Medical and sanitary report on the native army of Bombay for the year
Year: 1879
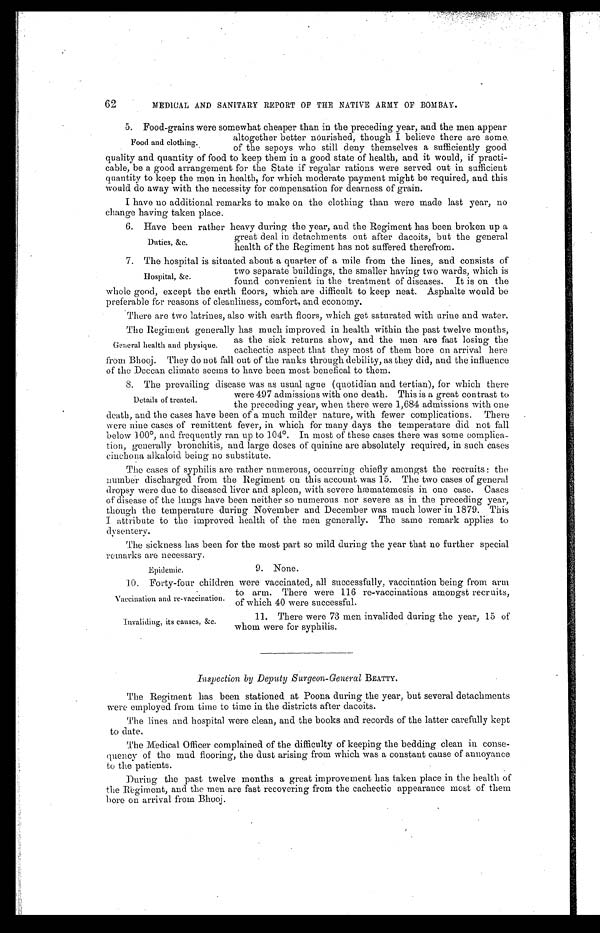
62
MEDICAL AND SANITARY REPORT OF THE NATIVE ARMY OF BOMBAY.
5.
62 MEDICAL AND SANITARY REPORT OF THE NATIVE ARMY OF BOMBAY.
6. Food-grains were somewhat cheaper than in the preceding year, and the men.appear
altogether better nourished, though I believe there are some
Food and clothing. of the sepoys who still deny themselves a sufficiently good
quality and quantity of food to keep them in a good state of health, and it would, if practi
- c a b l e , b e a g o o d a r r a n g e m e n t f o r t h e S t a t e i f r e g u l a r r a t i o n s w e r e s e r v e d o u t i n s u f f i c i e n t
quantity to keep the men in health, for which moderate payment might be required, and this
would do away with the necessity for compensation for dearness of grain.
I have no additional remarks to make .on the clothing than were made last year, no
change having taken place.
7. Have been rather heavy during the year, and the Regiment has been broken up a
Duties, &c.great deal in detachments out after dacoits, but the general
health of the Regiment has not suffered therefrom.
8. The hospital is situated about a quarter of a mile from the lines, and consists of
two separate buildings, the smaller having two wards, which is
Hospital, &c.
found convenient in the treatment of diseases. It is on the
whole good, except the earth floors, which are difficult to keep neat. Asphalte would be
preferable for reasons of cleanliness, comfort, and economy.
There are two latrines, also with earth floors, which get saturated with urine and water.
The Regiment generally has much improved in health within the past twelve months,
as the sick returns show, and the men are fast losing the
General health and physique.
cachectic aspect that they most of them bore on arrival here
from Bhooj. They do not fall out of the ranks through debility, as they did, and the influence
of the Deccan climate seems to have been most benefical to them.
9. The prevailing disease was as usual ague (quotidian and tertian), for which there
were 497 admissions with one death. This is a great contrast to
Details of treated.
the preceding year, when there were 1,684 admissions with one
death, and the cases have been of a much milder nature, with fewer complications. There
were nine cases of remittent fever, in which for many days the temperature did not fall
below 100°, and frequently ran up to 104°. In most of these cases there was some complica
- tion, generally bronchitis, and large doses of quinine are absolutely required, in such cases
cinchona alkaloid being no substitute.
The cases of syphilis are rather numerous, occurring chiefly amongst the recruits: the
number discharged from the Regiment on this account was 15. The two cases of general
dropsy were due to diseased liver and spleen, with severe hæmatemesis in one case. Cases
of disease of the lungs have been neither so numerous nor severe as in the preceding year,
though the temperature during November and December was much lower in 1879. This
I attribute to the improved health of the men generally. The same remark applies to
dysentery.
The sickness has been for the most part so mild during the year that no further special
remarks are necessary.
Epidemic.9. None.
10. Forty-four children were vaccinated, all successfully, vaccination being from arm
to arm.There were 116 re-vaccinations amongst recruits,
Vaccination and re-vaccination. of which 40 were successful.
11. There were 73 men invalided during the year, 15 of
whom were for syphilis.
Inspection by Deputy Surgeon-General BEATTY.
The Regiment has been stationed at Poona during the year, but several detachments
were employed from time to time in the districts after dacoits.
The lines and hospital were clean, and the books and records of the latter carefully kept
to date.
The Medical Officer complained of the difficulty of keeping the bedding clean in conse
- q u e n c y o f t h e m u d f l o o r i n g , t h e d u s t a r i s i n g f r o m w h i c h w a s a c o n s t a n t c a u s e o f a n n o y a n c e
to the patients.
During the past twelve months a great improvement has taken place in the health of
the Regiment, and the men are fast recovering from the cachectic appearance most of them
bore on arrival from Bhooj.
Invaliding, its causes, &c.